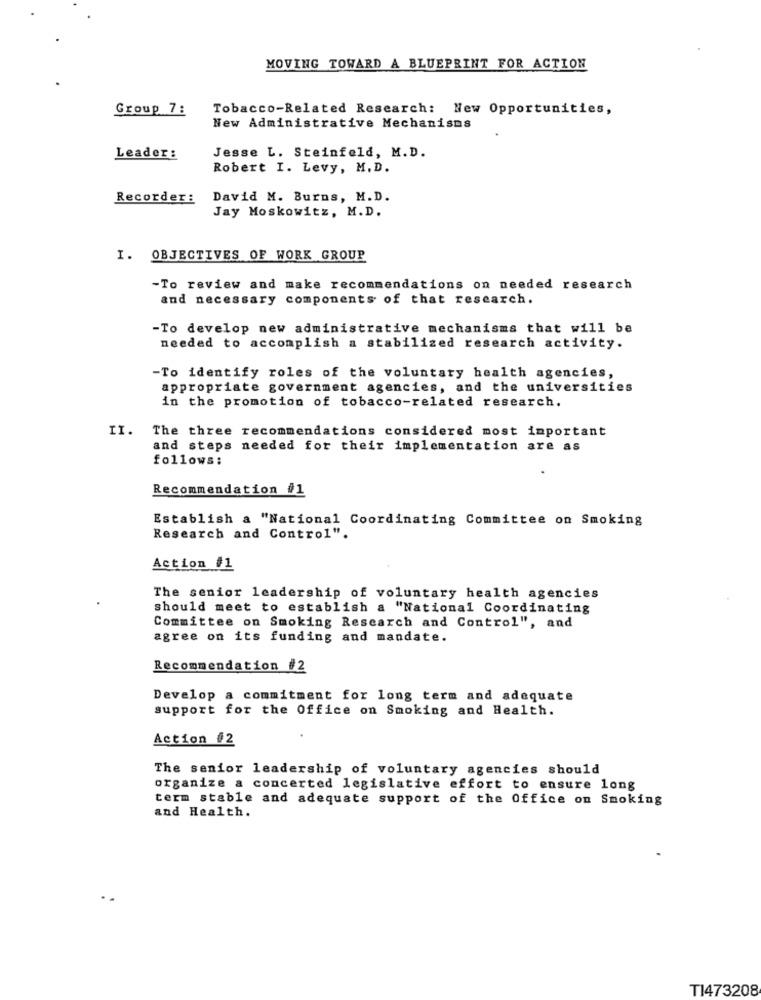
MOVING TOWARD A BLUEPRINT FOR ACTION
Group 7:
Tobacco-Related Research: New Opportunities,
New Administrative Mechanisms
Leader:
Jesse L. Steinfeld, M.D.
Robert I. Levy, M.D.
Recorder:
David M. Burns, M.D.
Jay Moskowitz, M.D.
I. OBJECTIVES OF WORK GROUP
-To review and make recommendations on needed research
and necessary components of that research.
-To develop new administrative mechanisms that will be
needed to accomplish a stabilized research activity.
-To identify roles of the voluntary health agencies,
appropriate government agencies, and the universities
in the promotion of tobacco-related research.
II. The three recommendations considered most important
and steps needed for their implementation are as
follows:
Recommendation #1
Establish a "National Coordinating Committee on Smoking
Research and Control".
Action #1
The senior leadership of voluntary health agencies
should meet to establish a "National Coordinating
Committee on Smoking Research and Control", and
agree on its funding and mandate.
Recommendation #2
Develop a commitment for long term and adequate
support for the Office on Smoking and Health.
Action #2
The senior leadership of voluntary agencies should
organize a concerted legislative effort to ensure long
term stable and adequate support of the Office on Smoking
and Health.
TI473208